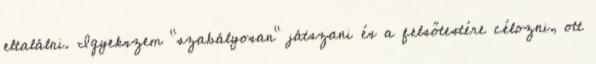
eltalálni. Igyekszem "szabályosan" játszani és a felsőtestére célozni, ott